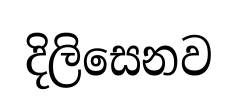
දිලිසෙනව